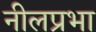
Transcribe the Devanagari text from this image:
नीलप्रभा